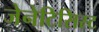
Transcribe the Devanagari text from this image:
जेनेटिसिस्ट